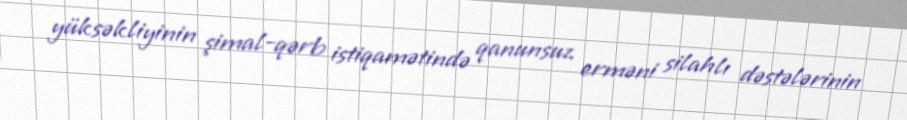
yüksəkliyinin şimal-qərb istiqamətində qanunsuz erməni silahlı dəstələrinin